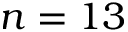
n = 1 3